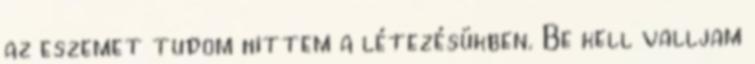
az eszemet tudom hittem a létezésükben. Be kell valljam